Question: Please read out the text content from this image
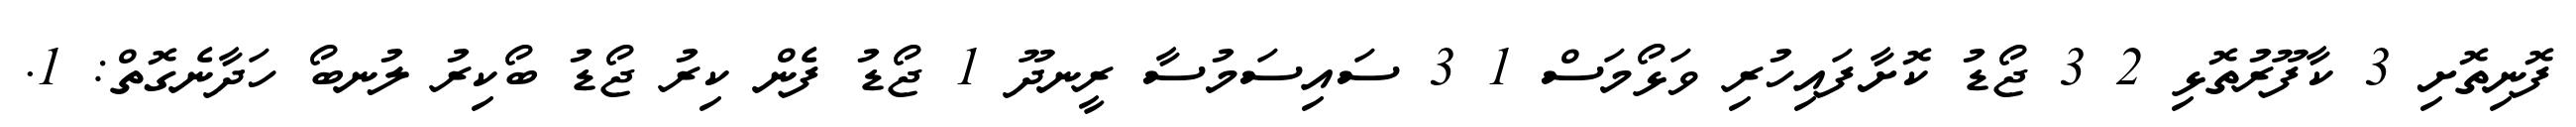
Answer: ފޮނިތޮށި 3 ކާފޫރުތޮޅި 2 3 ޖޯޑު ކޮށާފައިހުރި ވަޅޯމަސް 1 3 ސައިސަމުސާ ރީނދޫ 1 ޖޯޑު ފެން ކިރު ޖޯޑު ބޯކިރު ލުނބޯ ހަދާނެގޮތް: 1.